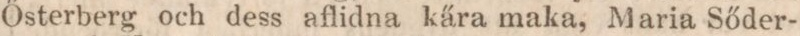
Ősterberg och dess aflidna kära maka, Maria Sőder-